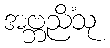
အဗ္ဘညိံသု